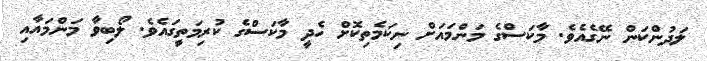
ލަދުންކަން ނޭގެއެވެ. މާކަސްގެ މަންމައަށް ނިކަމެތިކޮށް ހެދީ މާކަސްގެ ކުރިމަތީގައެވެ. ލޯބިވާ މަންމައާއި